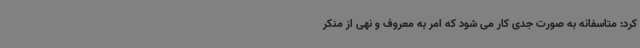
کرد: متاسفانه به صورت جدی کار می شود که امر به معروف و نهی از منکر